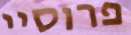
פרוסיי